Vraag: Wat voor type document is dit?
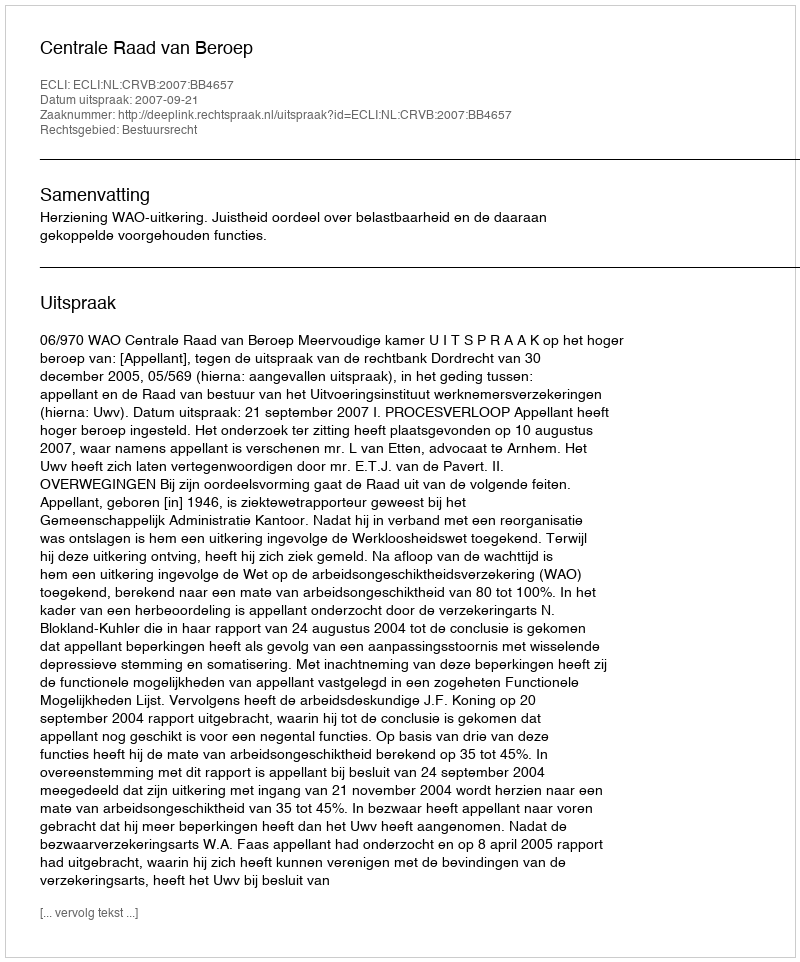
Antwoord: Uitspraak